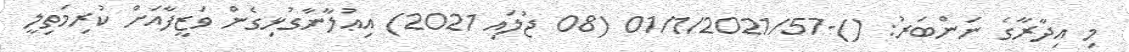
މި އިދާރާގެ ނަންބަރު: ()-01/1/2021/57 (08 ޖުލައި 2021) އިޢުލާނާގުޅިގެން ވަޒީފާއަށް ކުރިމަތިލީ